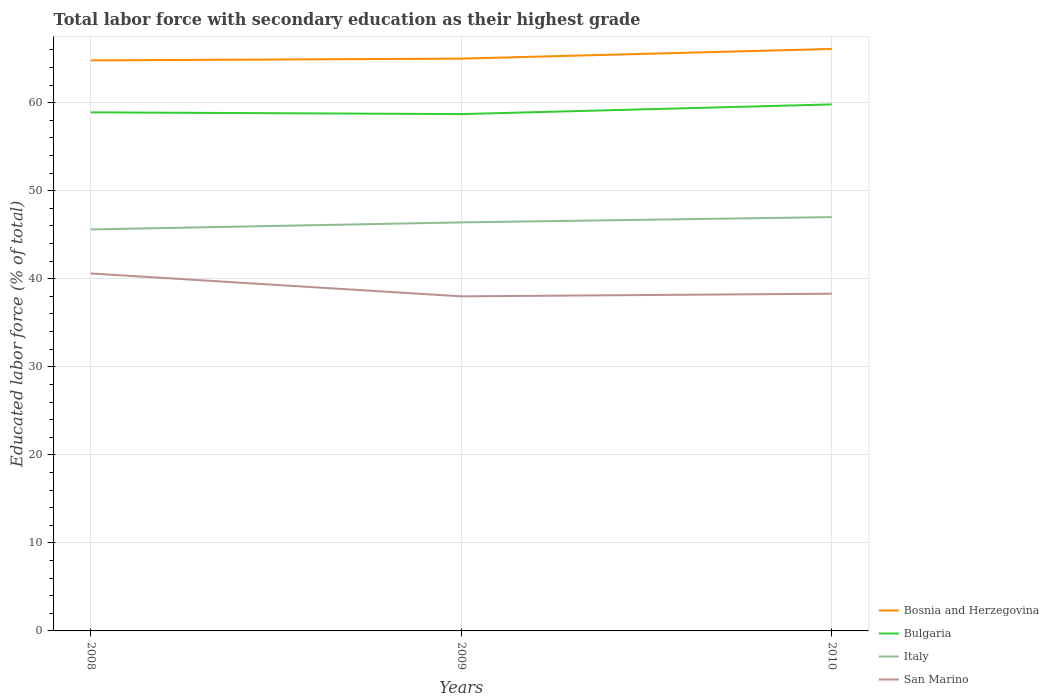
| Years | Bosnia and Herzegovina | Bulgaria | Italy | San Marino |
 | --- | --- | --- | --- | --- |
 | 2008 | 64.8 | 58.9 | 45.6 | 40.6 |
 | 2009 | 65 | 58.7 | 46.4 | 38 |
 | 2010 | 66.1 | 59.8 | 47 | 38.3 |